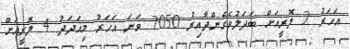
އަހަރު 2 ލޮރީއަށް ބަދަލުވެގެންދާއިރު 2050 ވަނަ އަހަރު މިއަދަދު 4 ލޮރީއަށް